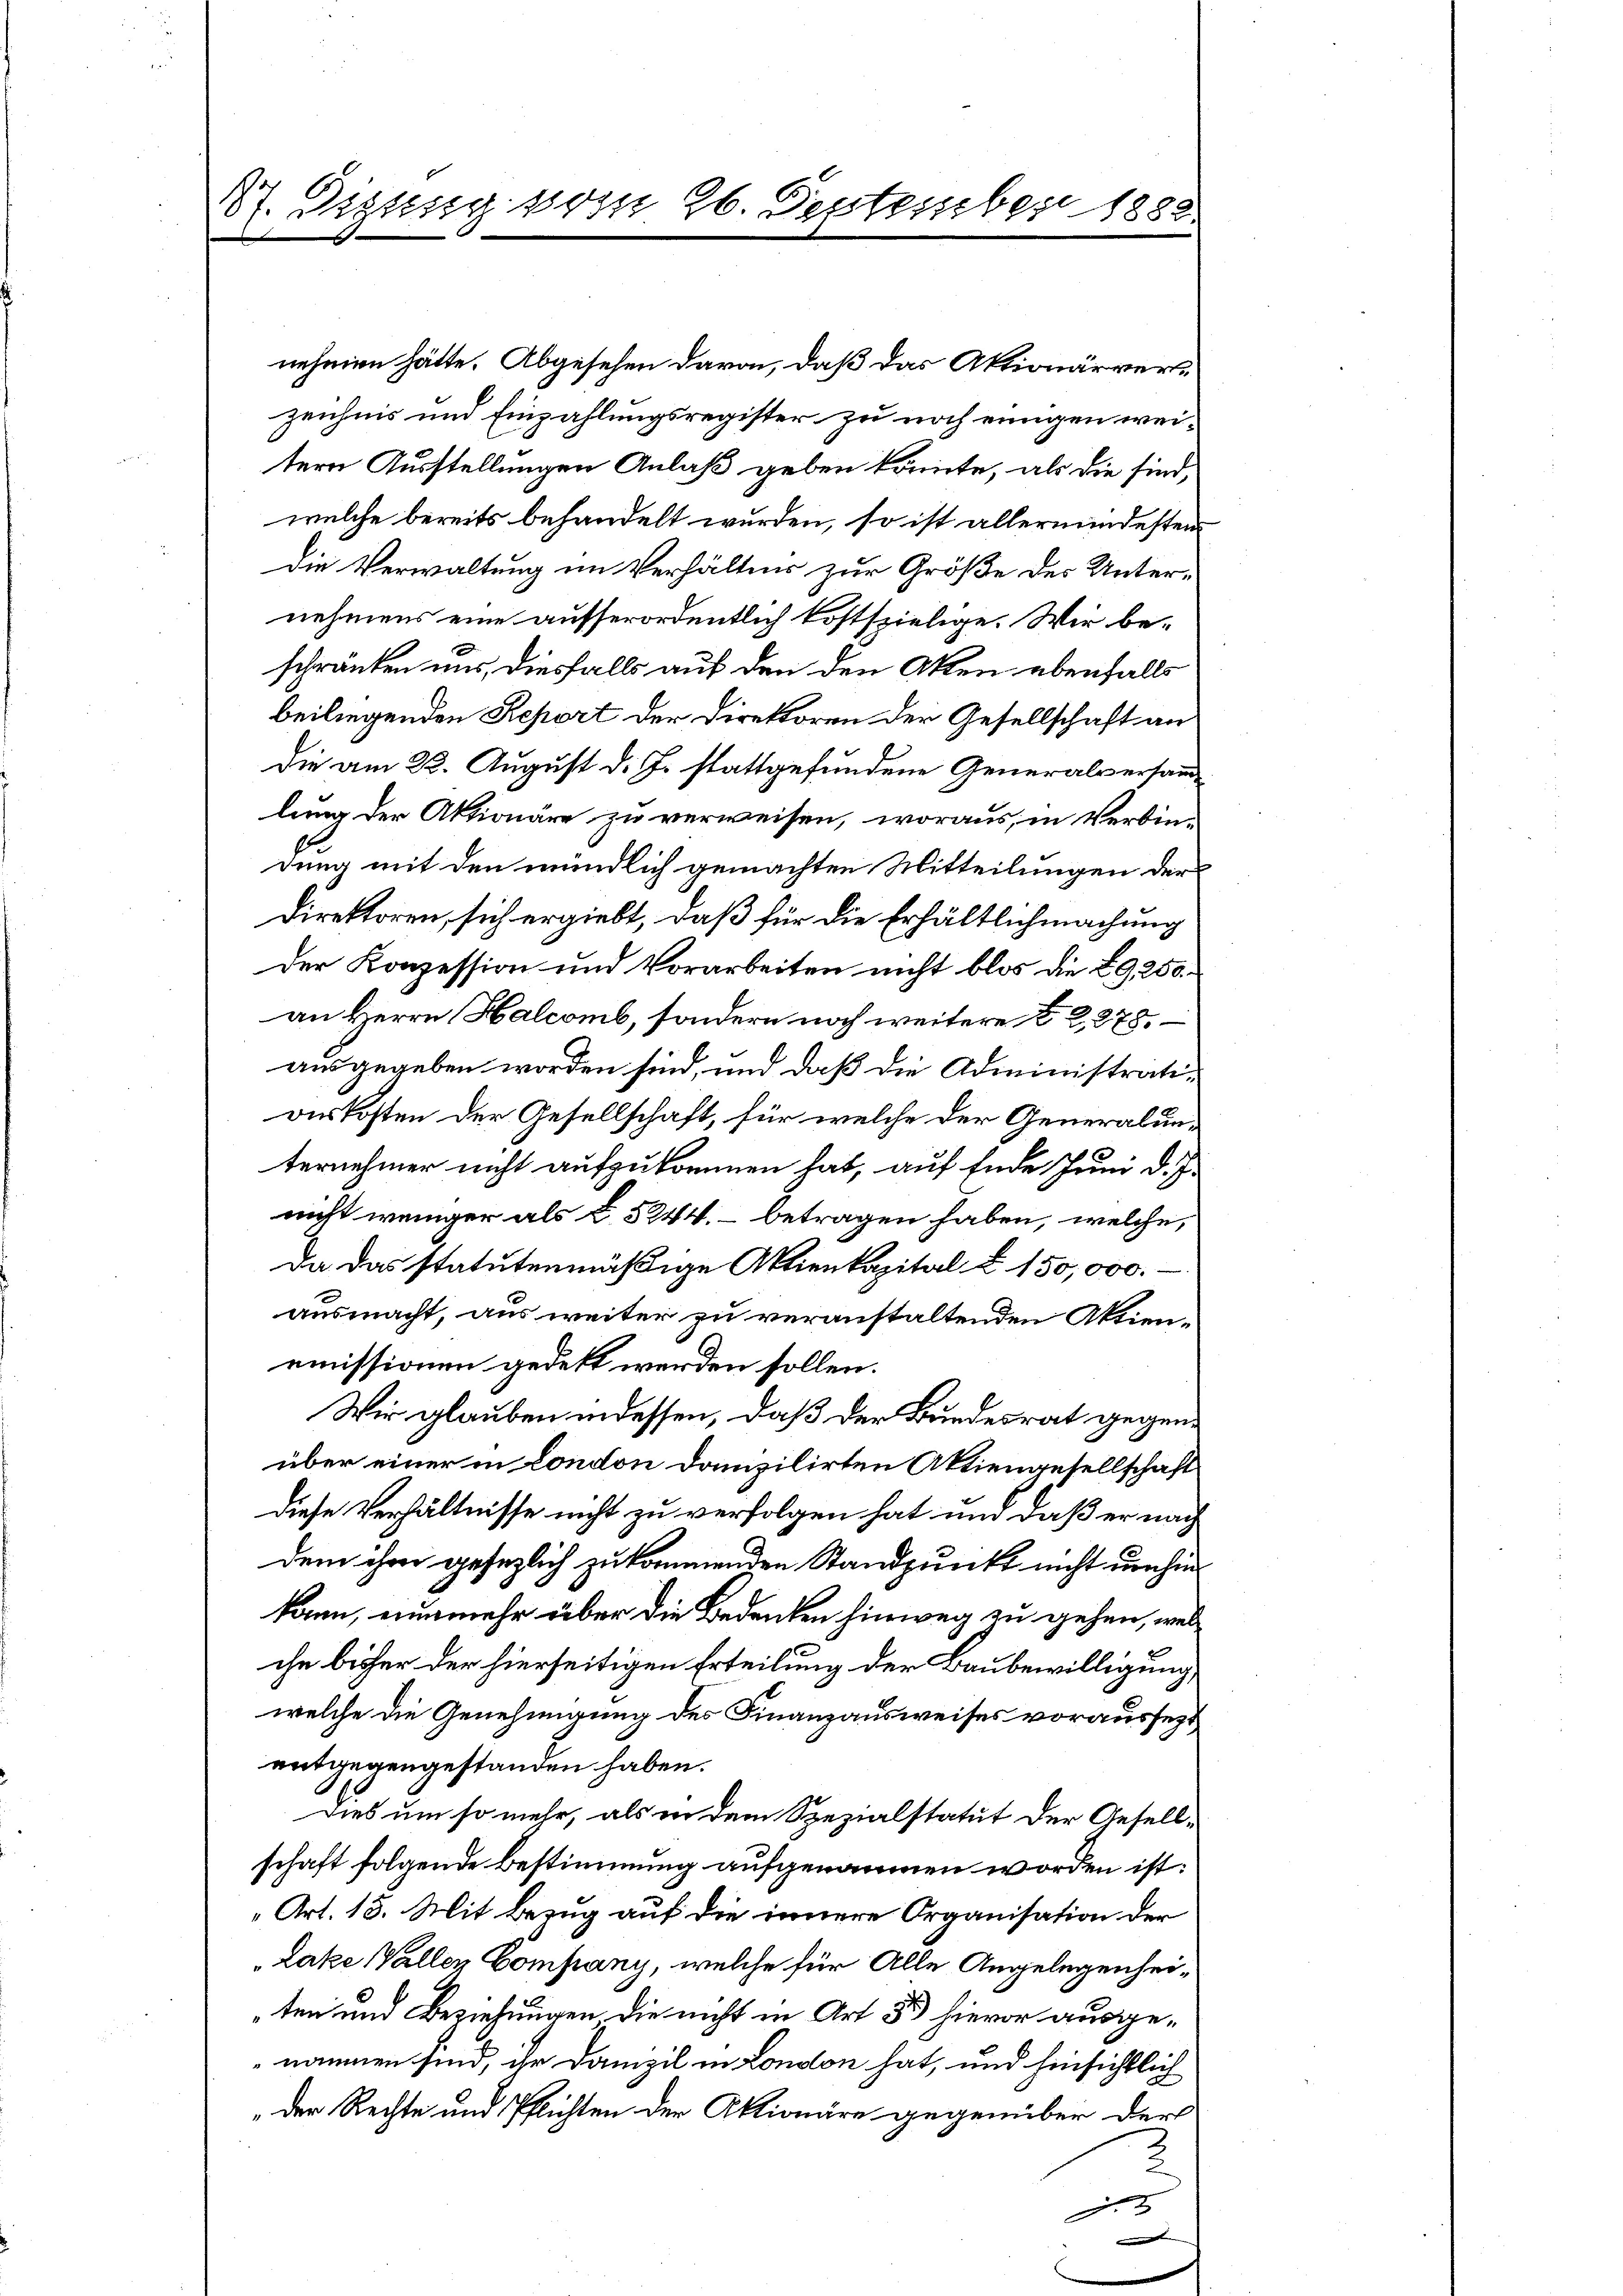
47. Digung vom 26. September 1888

nehmen hätte. Abgesehen davon, daß das Aktionärverzeichnis und Einzahlungsregister zu noch einigen weitern Ausstellungen Anlaß geben könnte, als die sind,
welche bereits behandelt wurden, so ist allermindesten
Die Verwaltung im Verhältnis zur Größe des Unter-
nehmens eine ausserordentlich kostspielige. Wir beschränken uns, diesfalls auf den den Akten ebenfalls
beiliegenden Report der Direktoren der Gesellschaft an
die am 23. August d. J. stattgefundene Generalversandlung der Aktionäre zu verweisen, woraus, in Verbindung mit den mündlich gemachten Mitteilungen der
direktoren, sich ergiebt, daß für die Erhältlichmachung
der Konzession und Vorarbeiten nicht blos die BG, 250
an Herrn Halcomb, sondern noch weitere § 2, 278.
ausgegeben worden sind, und daß die Administratiourkosten der Gesellschaft, für welche der Generalunternehmer nicht aufzukommen hat, auf Ende Juni d. J.
nicht weniger als § 524. betragen haben, welche,
da das statutenmäßige Aktienkapital u. 150,000.
ausmacht, aus weiter zu veranstaltenden Aktienemissionen gedekt werden sollen.
Wir glauben indessen, daß der Bundesrat gegenüber einer in London domizilirten Aktiengesellschaft
Diese Verhältnisse nicht zu verfolgen hat und daß er nach
dem ihm gesezlich zu kommenden Standpunkt nicht umhin
kann, nunmehr über die Bedenken hinweg zu gehen, welche bisher der hierseitigen Erteilung der Baubewilligung,
welche die Genehmigung des Finanzausweises voraussezt
entgegengestanden haben.
Dies um so mehr, als in dem Spezialstatut der Gesellschaft folgende Bestimmung aufgenommen worden ist:
Art. 13. Mit Bezug auf die innere Organisation der
Lake Wallen Company, welche für Alle Angelegenheiten und Beziehungen, die nicht in Art. 85 hievor ausgenommen sind, ihr Domizil in London hat, und hinsichtlich
„der Rechte und Pflichten der Aktionäre gegenüber der
.
.